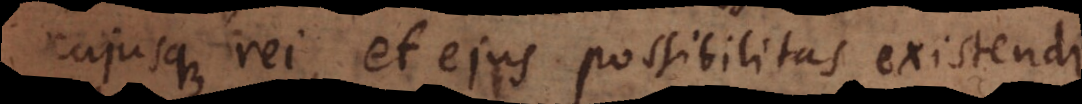
cujusque rei, et ejus possibilitas existendi,